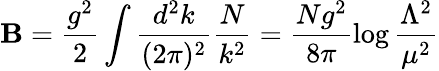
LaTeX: \mathbf{B}=\frac{{g^{2}}}{{2}}\int\frac{{d^{2}k}}{{(2\pi)^{2}}}\frac{{N}}{{k^{2}}}=\frac{{Ng^{2}}}{{8\pi}}\log{\frac{{\Lambda^{2}}}{{\mu^{2}}}}